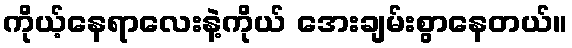
ကိုယ့်နေရာလေးနဲ့ကိုယ် အေးချမ်းစွာနေတယ်။